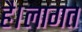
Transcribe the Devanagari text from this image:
है।लागत